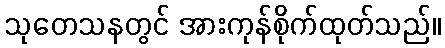
သုတေသနတွင် အားကုန်စိုက်ထုတ်သည်။